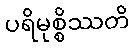
ပရိမုစ္စိဿတိ